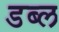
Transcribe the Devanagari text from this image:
डब्ल